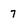
Character: 7